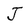
Character: J